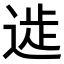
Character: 𨔀